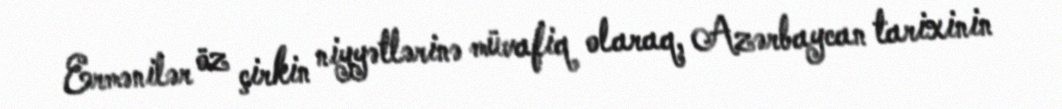
Ermənilər öz çirkin niyyətlərinə müvafiq olaraq, Azərbaycan tarixinin